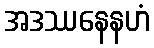
အဒဿနေနဟံ